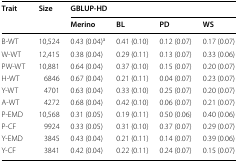
| <ROWSPAN=2> Trait | <ROWSPAN=2> Size | <COLSPAN=4> GBLUP-HD |
 | Merino | BL | PD | WS |
 | --- | --- | --- | --- | --- | --- |
 | B-WT | 10,524 | 0.43 (0.04)a | 0.41 (0.10) | 0.12 (0.07) | 0.17 (0.07) |
 | W-WT | 12,415 | 0.38 (0.04) | 0.29 (0.11) | 0.13 (0.07) | 0.33 (0.06) |
 | PW-WT | 10,881 | 0.64 (0.04) | 0.37 (0.10) | 0.15 (0.07) | 0.20 (0.07) |
 | H-WT | 6846 | 0.67 (0.04) | 0.21 (0.11) | 0.04 (0.07) | 0.23 (0.07) |
 | Y-WT | 4701 | 0.63 (0.04) | 0.33 (0.10) | 0.25 (0.07) | 0.20 (0.07) |
 | A-WT | 4272 | 0.68 (0.04) | 0.42 (0.10) | 0.06 (0.07) | 0.21 (0.07) |
 | P-EMD | 10,568 | 0.31 (0.05) | 0.19 (0.11) | 0.50 (0.06) | 0.40 (0.06) |
 | P-CF | 9924 | 0.33 (0.05) | 0.31 (0.10) | 0.37 (0.07) | 0.29 (0.07) |
 | Y-EMD | 3845 | 0.43 (0.04) | 0.21 (0.11) | 0.14 (0.07) | 0.39 (0.06) |
 | Y-CF | 3841 | 0.42 (0.04) | 0.22 (0.11) | 0.24 (0.07) | 0.15 (0.07) |